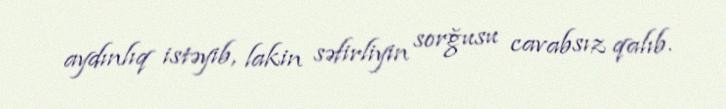
aydınlıq istəyib, lakin səfirliyin sorğusu cavabsız qalıb.